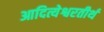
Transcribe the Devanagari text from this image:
आदित्येश्वरतीर्थ